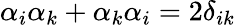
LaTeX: \alpha_{i}\alpha_{k}+\alpha_{k}\alpha_{i}=2\delta_{ik}